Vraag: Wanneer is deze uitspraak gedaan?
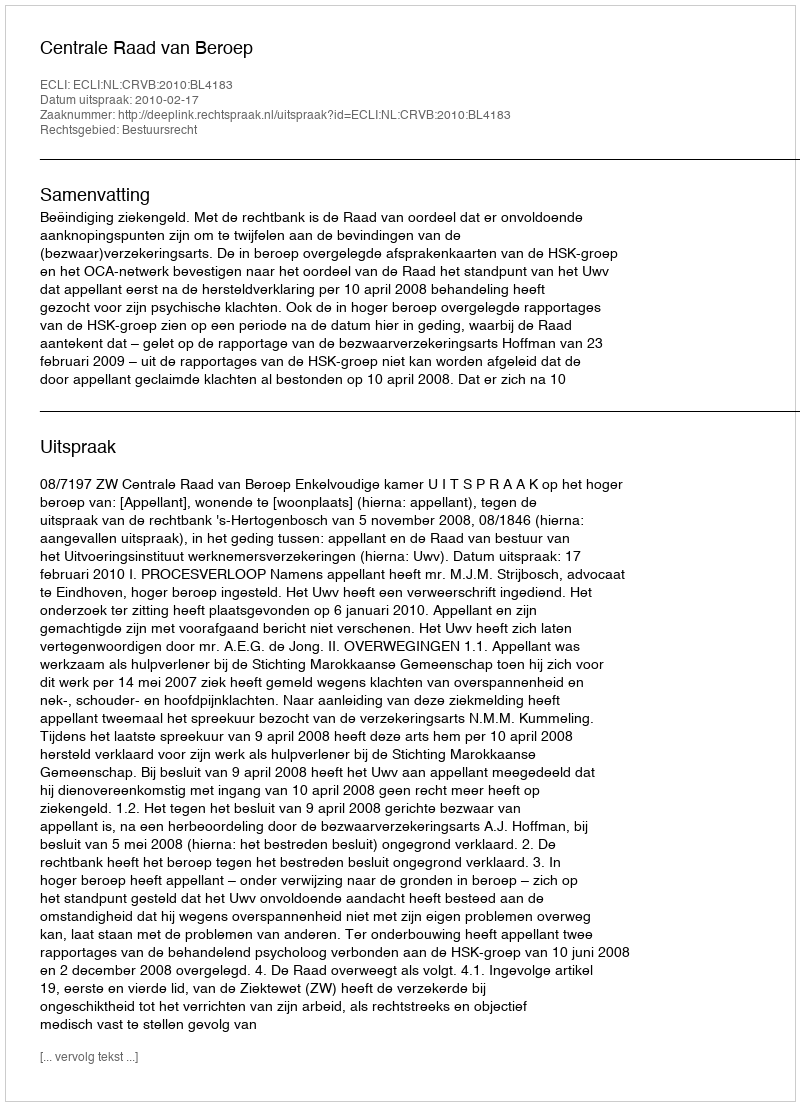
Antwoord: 2010-02-17